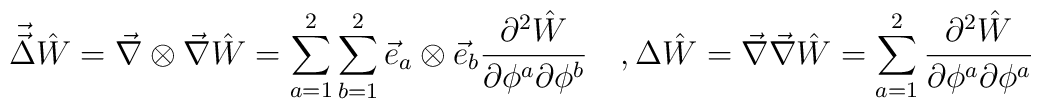
\vec{\vec{\Delta}}\hat{W}=\vec{\nabla}\otimes\vec{\nabla}\hat{W}=\sum_{a=1}^2\sum_{b=1}^2\vec{e}_a\otimes\vec{e}_b\frac{\partial^2\hat{W}}{\partial\phi^a\partial\phi^b}\quad,\Delta\hat{W}=\vec{\nabla}\vec{\nabla}\hat{W}=\sum_{a=1}^2\frac{\partial^2\hat{W}}{\partial\phi^a\partial\phi^a}